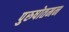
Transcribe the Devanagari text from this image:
पुरुषोतमन